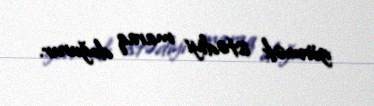
görmək istədiyi maraq doğurur.